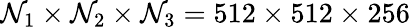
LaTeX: {\mathcal{N}_{1}}\times{\mathcal{N}_{2}}\times{\mathcal{N}_{3}}=512\times512\times256